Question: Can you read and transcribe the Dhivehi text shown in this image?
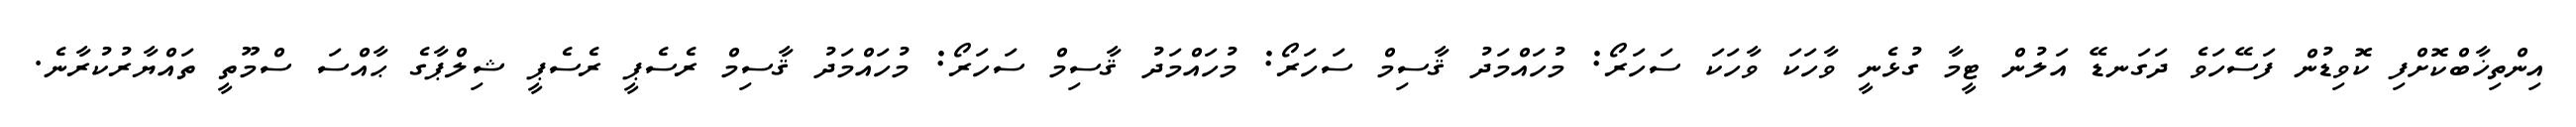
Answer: އިންތިޚާބްކޮށްފި ކޮވިޑުން ފަސޭހަވެ ދަގަނޑޭ އަލުން ޓީމާ ގުޅެނީ ވާހަކަ ވާހަކަ ސަހަރޯ: މުހައްމަދު ޤާސިމް ސަހަރޯ: މުހައްމަދު ޤާސިމް ސަހަރޯ: މުހައްމަދު ޤާސިމް ރެސެޕީ ރެސެޕީ ޝިލްޕާގެ ޙާއްސަ ސްމޫތީ ތައްޔާރުކުރާނެ.